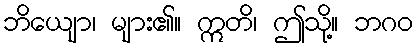
ဘိယျော၊ များ၏။ ဣတိ၊ ဤသို့။ ဘဂဝ